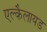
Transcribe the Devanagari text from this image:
एल्कैलायड